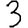
Digit: 3